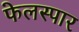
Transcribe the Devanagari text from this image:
फेलस्पार